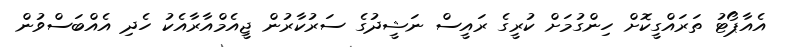
އެއާޕޯޓު ތަރައްގީކޮށް ހިންގުމަށް ކުރީގެ ރައީސް ނަޝީދުގެ ސަރުކާރުން ޖީއެމްއާރާއެކު ހެދި އެއްބަސްވުން